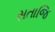
સતાજિ